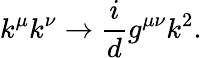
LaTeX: k^{\mu}k^{\nu}\rightarrow\frac{i}{d}g^{\mu\nu}k^{2}.